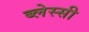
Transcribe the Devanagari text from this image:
ब्लेस्सी